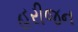
હરીજન